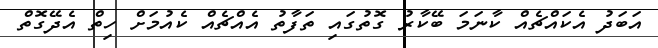
އަބަދު އެކައްޗެއް ކާނަމަ ބޭކާރު ގޮތުގައި ތަފާތު އެއްޗެއް ކެއުމަށް ހިތް އެދޭގޮތް